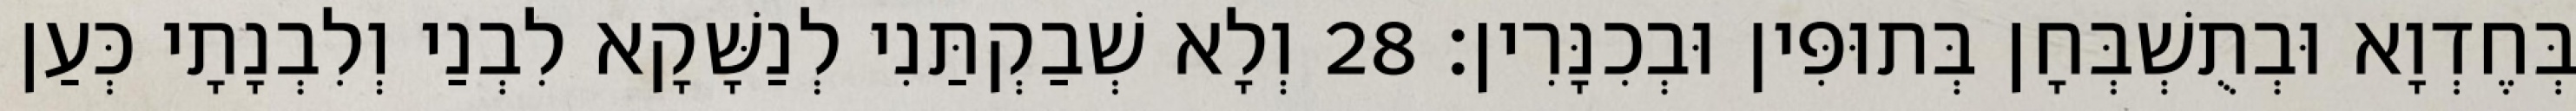
בְּחֶדְוָא וּבְתֻשְׁבְּחָן בְּתוּפִּין וּבְכִנָּרִין׃ 28 וְלָא שְׁבַקְתַּנִי לְנַשָּׁקָא לִבְנַי וְלִבְנָתָי כְּעַן